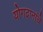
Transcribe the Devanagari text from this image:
योगदानांचे